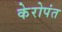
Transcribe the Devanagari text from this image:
केरोपंत